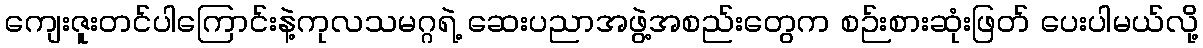
ကျေးဇူးတင်ပါကြောင်းနဲ့ကုလသမဂ္ဂရဲ့ ဆေးပညာအဖွဲ့အစည်းတွေက စဉ်းစားဆုံးဖြတ် ပေးပါမယ်လို့